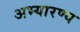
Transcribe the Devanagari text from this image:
अभ्यारण्‍य